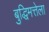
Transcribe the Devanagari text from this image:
बुद्धिमत्तेला